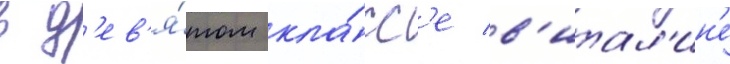
в д'ев'я́том кла́сс'е в'итал'ин'е